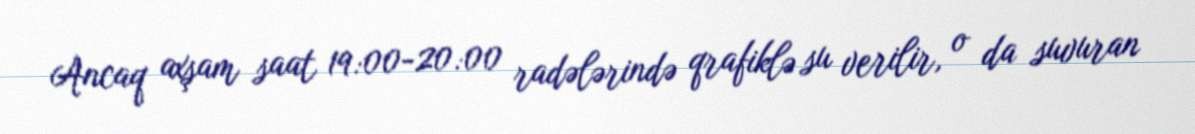
Ancaq axşam saat 19:00-20:00 radələrində qrafiklə su verilir, o da suvuran